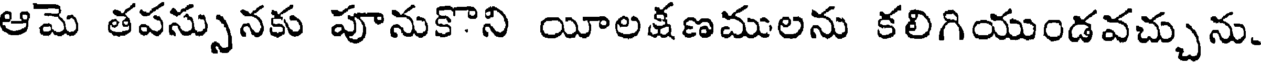
ఆమె తపస్సునకు పూనుకొని యీలక్షణములను కలిగియుండవచ్చును.